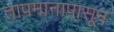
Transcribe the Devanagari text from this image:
तापमानापासून